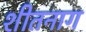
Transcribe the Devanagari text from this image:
शीतनाग